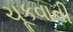
ચૂકવાતી